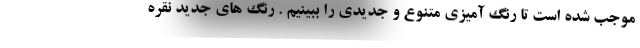
موجب شده است تا رنگ آمیزی متنوع و جدیدی را ببینیم . رنگ های جدید نقره